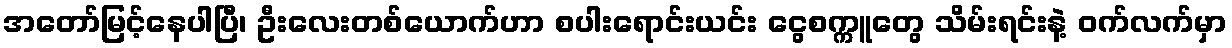
အတော်မြင့်နေပါပြီ၊ ဦးလေးတစ်ယောက်ဟာ စပါးရောင်းယင်း ငွေစက္ကူတွေ သိမ်းရင်းနဲ့ ဝက်လက်မှာ